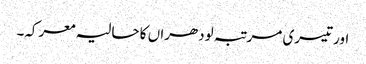
اور تیسری مرتبہ لودھراں کا حالیہ معرکہ۔